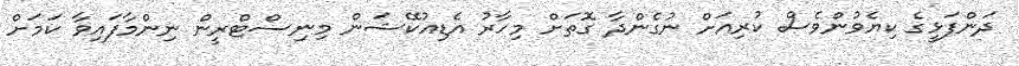
ދަންފަޅީގެ ކިޔެވުންވެސް ކުރިއަށް ނުގެންދާ ގޮތަށް މިހާރު އެޑިއުކޭޝަން މިނިސްޓްރީން ނިންމާފައިވާ ކަަމަށް